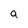
Character: a